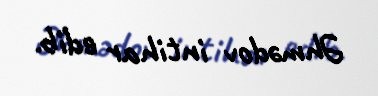
Əhmədov intihar edib.